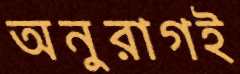
অনুরাগই